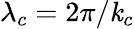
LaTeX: \lambda_{c}=2\pi/\mathit{k}_{c}